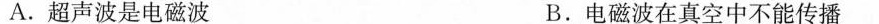
A.超声波是电磁波 B.电磁波在真空中不能传播